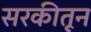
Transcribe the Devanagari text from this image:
सरकीतून